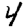
Digit: 4